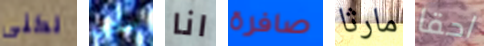
لكنى سأكون انا صافرة مارثا احقا